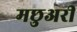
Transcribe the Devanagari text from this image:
मछुअरी